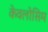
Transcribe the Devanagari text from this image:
केवलोसिम